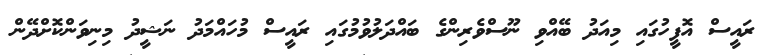
ރައީސް އޮފީހުގައި މިއަދު ބޭއްވި ނޫސްވެރިންގެ ބައްދަލުވުމުގައި ރައީސް މުހައްމަދު ނަޝީދު މިނިވަންކޮށްދޭން